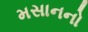
મસાનનો